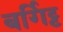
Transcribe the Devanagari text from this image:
बर्गिट्ट